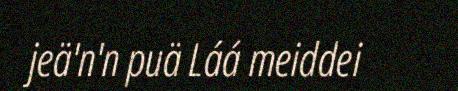
jeä'n'n puä Láá meiddei